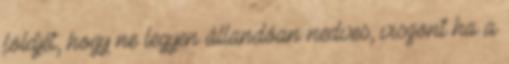
földjét, hogy ne legyen állandóan nedves, viszont ha a